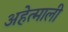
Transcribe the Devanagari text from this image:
अहेत्माली